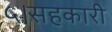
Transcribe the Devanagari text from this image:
५।सहकारी